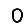
Digit: 0